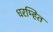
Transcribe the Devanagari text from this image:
धरम्हित